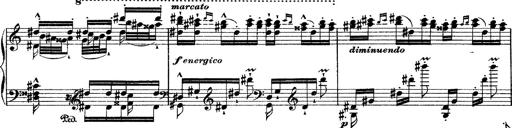
Title: Grande fantasie di bravura sur La clochette
Composer: Franz Liszt
Key: A minor